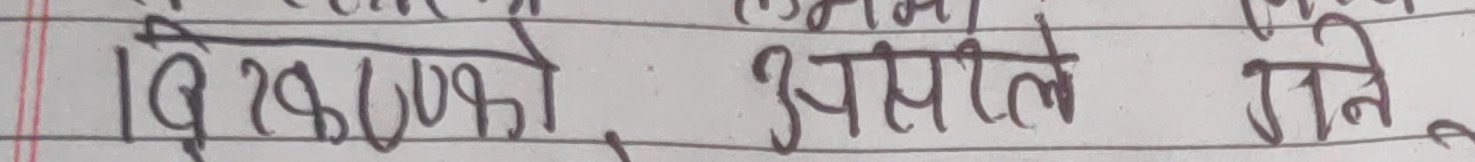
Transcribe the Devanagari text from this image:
कि २५००को असलीले गने